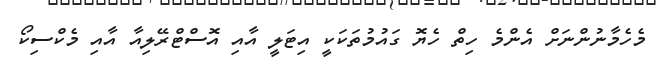
މެހެމާނުންނަށް އެންމެ ހިތް ހެޔޮ ގައުމުތަކަކީ އިޓަލީ އާއި އޮސްޓްރޭލިއާ އާއި މެކްސިކޯ